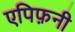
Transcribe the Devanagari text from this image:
एपिफ़नी